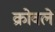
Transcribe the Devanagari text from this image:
क्रोवले